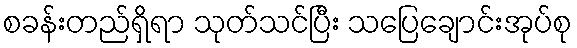
စခန်းတည်ရှိရာ သုတ်သင်ပြီး သပြေချောင်းအုပ်စု